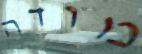
מודה